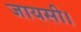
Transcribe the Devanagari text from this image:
जायसी।